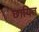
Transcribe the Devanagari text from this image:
छायित